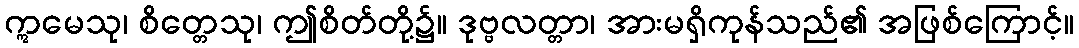
ဣမေသု၊ စိတ္တေသု၊ ဤစိတ်တို့၌။ ဒုဗ္ဗလတ္တာ၊ အားမရှိကုန်သည်၏ အဖြစ်ကြောင့်။